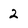
Character: 2